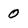
Character: o